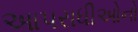
આપરાધીઓનો